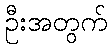
ဦးအတွက်